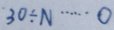
3 0 \div N \cdots 0